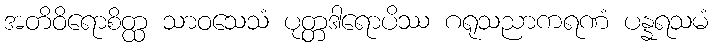
အတိဝိရောစိတ္ထ သာဝသေသံ ပုတ္တဒါရောပိဿ ဂရုသညာကရဏံ ပန္နရသမံ